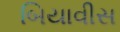
બિયાવીસ